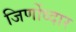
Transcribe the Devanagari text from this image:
जिर्णोध्दार